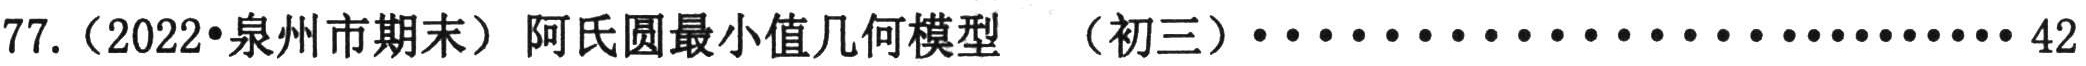
77.（2022•泉州市期末）阿氏圆最小值几何模型 （初三）····························42